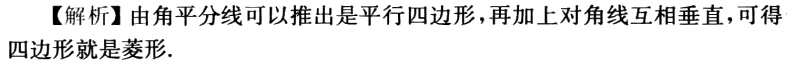
【解析】由角平分线可以推出是平行四边形，再加上对角线互相垂直，可得四边形就是菱形.